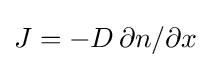
J=-D\,\partial n/\partial x